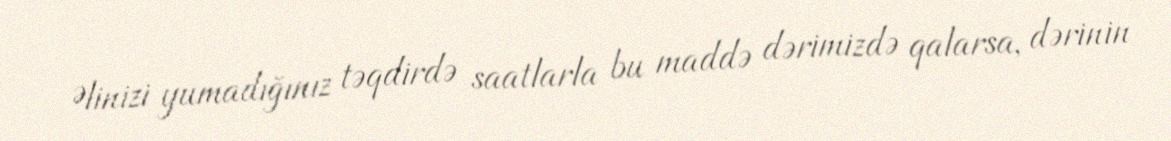
Əlinizi yumadığınız təqdirdə saatlarla bu maddə dərimizdə qalarsa, dərinin